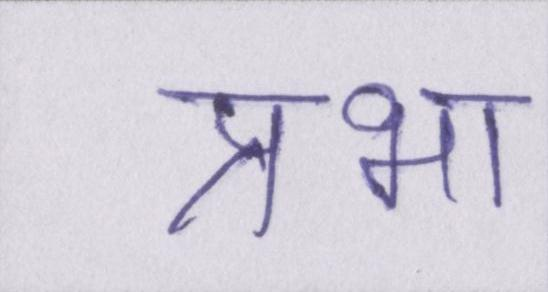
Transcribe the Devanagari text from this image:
प्रभा